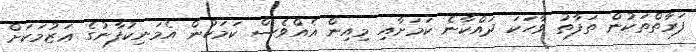
ފަރާތްތަކުން ތަފާތު ވާހަކަ ދައްކާނެ ކަމަށާއި މިއިން އެއްވެސް ކަމަކުން އެމަނިކުފާނުގެ ޢަޒުމަކަށް